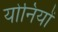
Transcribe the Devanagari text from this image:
योनियों